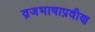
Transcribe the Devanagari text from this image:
व्रजभाषाप्रवीण